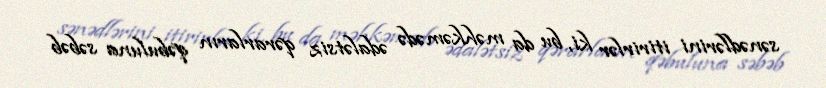
sənədlərini itirirlər ki, bu da məhkəmədə ədalətsiz qərarların qəbuluna səbəb